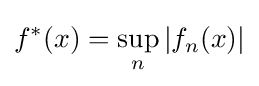
f^{*}(x)=\sup _{n}|f_{n}(x)|